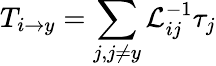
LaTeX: T_{{i\rightarrow y}}=\sum_{j,j\ne y}\mathcal{L}_{ij}^{-1}{\tau}_{j}